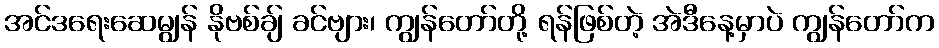
အင်ဒရေးဆေမျွန် နိုဗစ်ချ် ခင်ဗျား၊ ကျွန်တော်တို့ ရန်ဖြစ်တဲ့ အဲဒီနေ့မှာပဲ ကျွန်တော်က